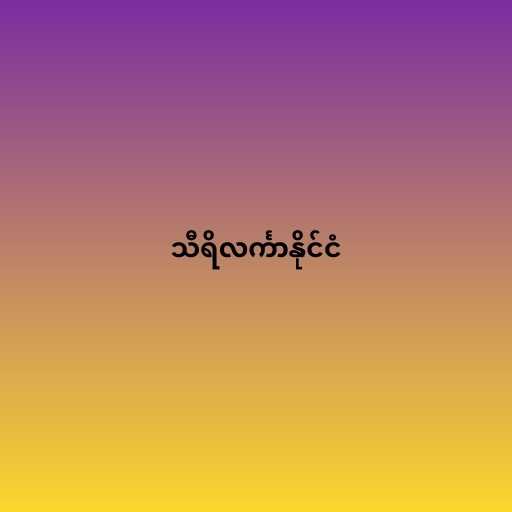
သီရိလင်္ကာနိုင်ငံ